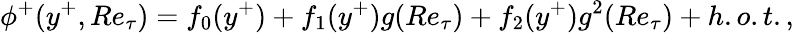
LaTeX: \phi^{+}(y^{+},Re_{\tau})=f_{0}(y^{+})+f_{1}(y^{+})g(Re_{\tau})+f_{2}(y^{+})g^{2}(Re_{\tau})+h.o.t.,